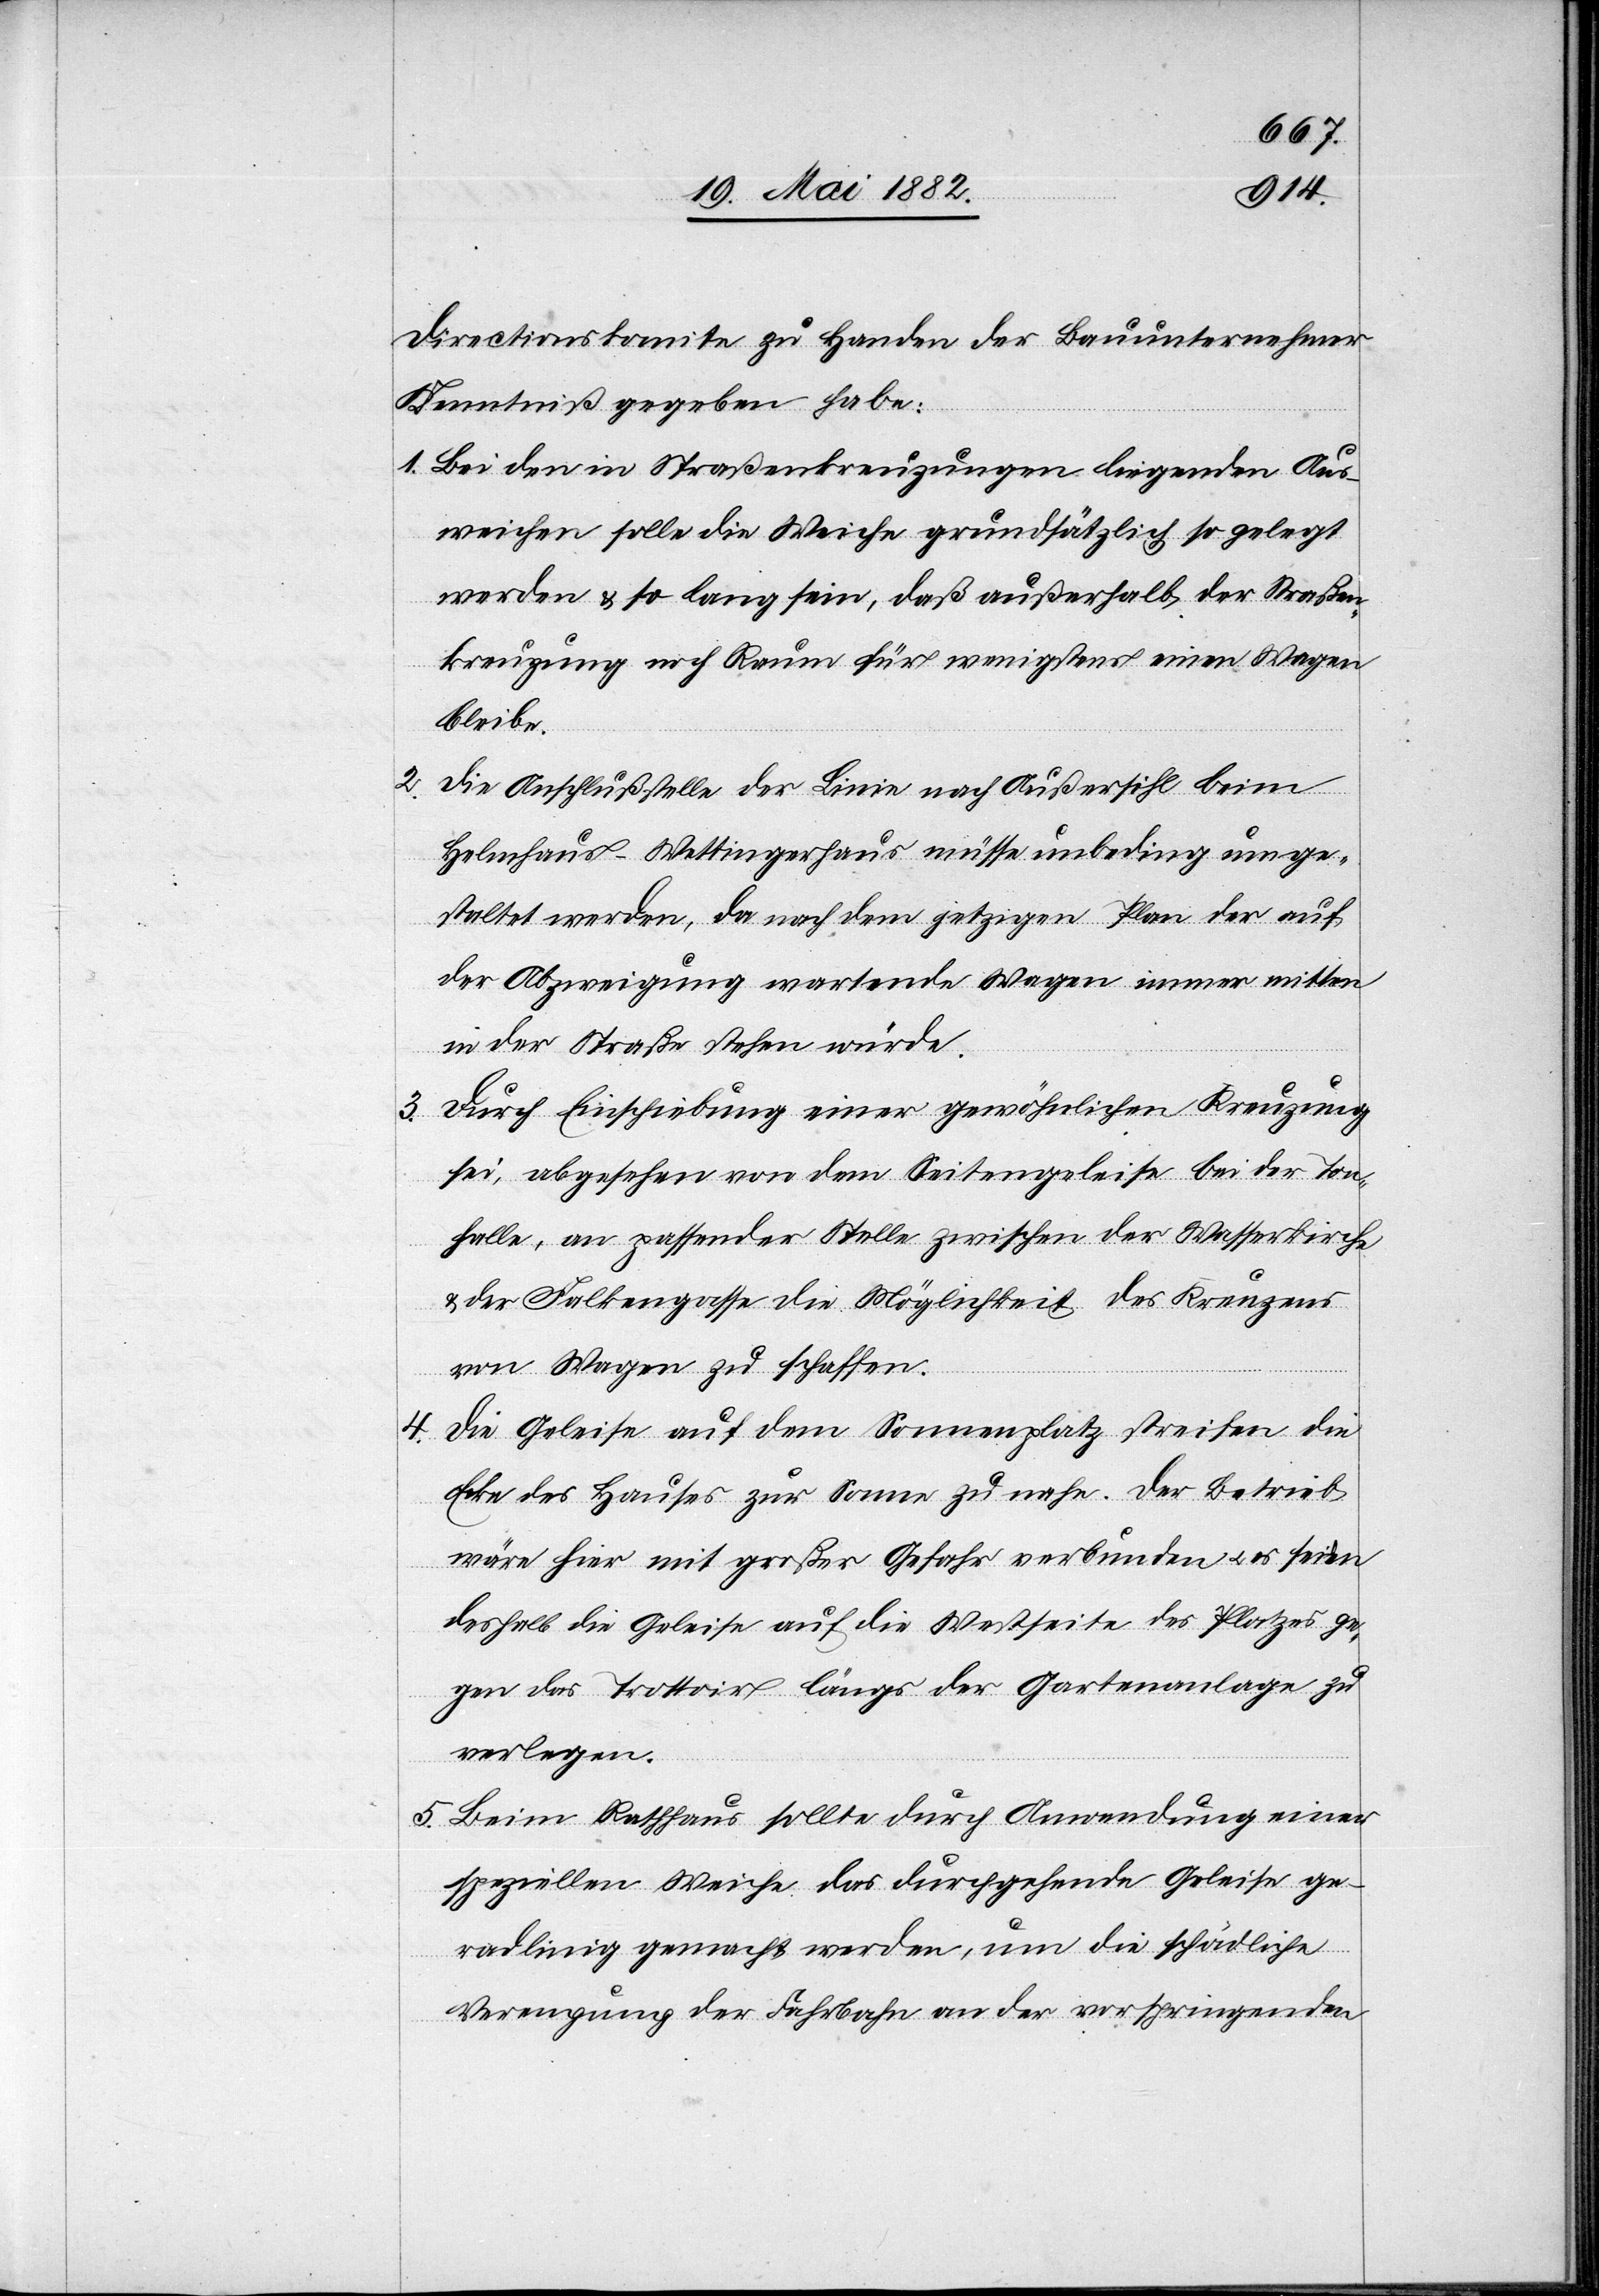
2.

Directionskomite zu Handen der Bauunternehmer
Kenntniß gegeben habe:
1. Bei den in Straßenkreuzungen liegenden Aus¬
weichen solle die Weiche grundsätzlich so gelegt
werden & so lang sein, daß außerhalb der Straßen¬
kreuzung noch Raum für wenigstens einen Wagen
bleibe.
Die Anschlußstelle der Linie nach Außersihl beim
Helmhaus - Wettingerhaus müsse unbedingt umge¬
staltet werden, da nach dem jetzigen Plan der auf
der Abzweigung wartende Wagen immer mitten
in der Straße stehen würde.
3. Durch Einschiebung einer gewöhnlichen Kreuzung
sei, abgesehen von dem Seitengeleise bei der Ton¬
halle, an passender Stelle zwischen der Wasserkirche
& der Falkengasse die Möglichkeit des Kreuzens
von Wagen zu schaffen.
4. Die Geleise auf dem Sonnenplatz streifen die
Ecke des Hauses zur Sonne zu nahe. Der Betrieb
wäre hier mit großer Gefahr verbunden u. es seien
deshalb die Geleise auf die Westseite des Platzes ge¬
gen das Trottoir längs der Gartenanlage zu
verlegen.
5. Beim Rathhaus sollte durch Anwendung einer
speziellen Weiche das durchgehende Geleise ge¬
radlinig gemacht werden, um die schädliche
Verengung der Fahrbahn an der vorspringenden